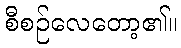
စီစဉ်လေတော့၏။